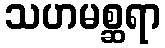
သဟမစ္ဆရာ